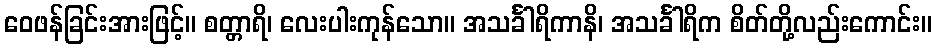
ဝေဖန်ခြင်းအားဖြင့်။ စတ္တာရိ၊ လေးပါးကုန်သော။ အသင်္ခါရိကာနိ၊ အသင်္ခါရိက စိတ်တို့လည်းကောင်း။